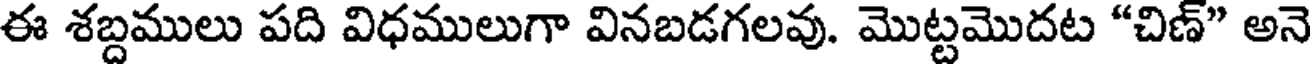
ఈ శబ్దములు పది విధములుగా వినబడగలవు. మొట్టమొదట "చిణ్" అనె